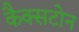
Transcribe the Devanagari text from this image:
कैक्सटोन